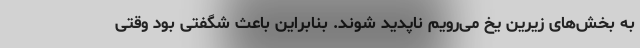
به بخش‌های زیرین یخ می‌رویم ناپدید شوند. بنابراین باعث شگفتی بود وقتی